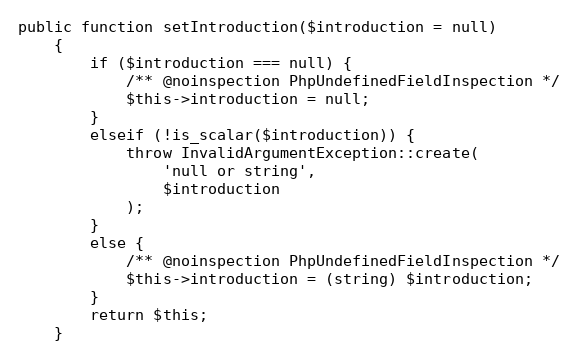
Language: PHP
public function setIntroduction($introduction = null)
    {
        if ($introduction === null) {
            /** @noinspection PhpUndefinedFieldInspection */
            $this->introduction = null;
        }
        elseif (!is_scalar($introduction)) {
            throw InvalidArgumentException::create(
                'null or string',
                $introduction
            );
        }
        else {
            /** @noinspection PhpUndefinedFieldInspection */
            $this->introduction = (string) $introduction;
        }
        return $this;
    }